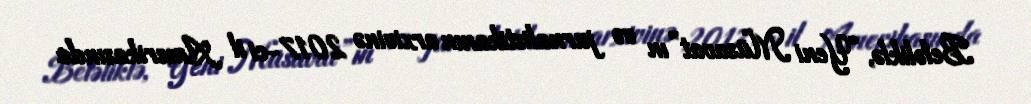
Beləliklə, “Yeni Müsavat”ın və jurnalistikanın arxivinə 2017-ci il Amerikasında